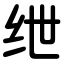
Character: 绁